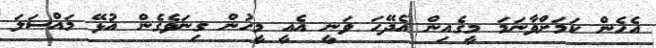
އެހެން ކަމަށްވާނަމަ މީގެއިން އެދޭހަ ވަނީ އެއީ މީހުން ގިނަވެގެން އުޅޭ މައްސަލަ